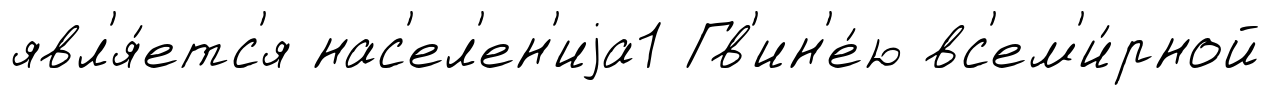
явл'я́етс'я нас'ел'ен'иjа1 Гв'ин'е́ю вс'ем'и́рной